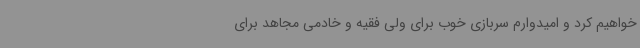
خواهیم کرد و امیدوارم سربازی خوب برای ولی فقیه و خادمی مجاهد برای